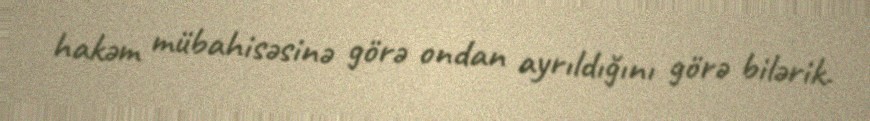
hakəm mübahisəsinə görə ondan ayrıldığını görə bilərik.